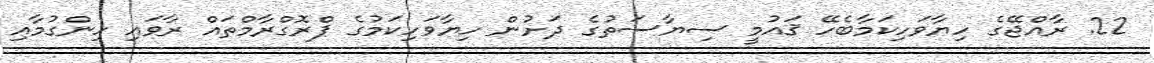
22. ރާއްޖޭގެ ހިޔާވަހިކަމާބެހޭ ޤައުމީ ސިޔާސަތުގެ ދަށުން ހިޔާވަހިކަމުގެ ޕްރޮގްރާމްތައް ރާވައި ހިންގުމާއި